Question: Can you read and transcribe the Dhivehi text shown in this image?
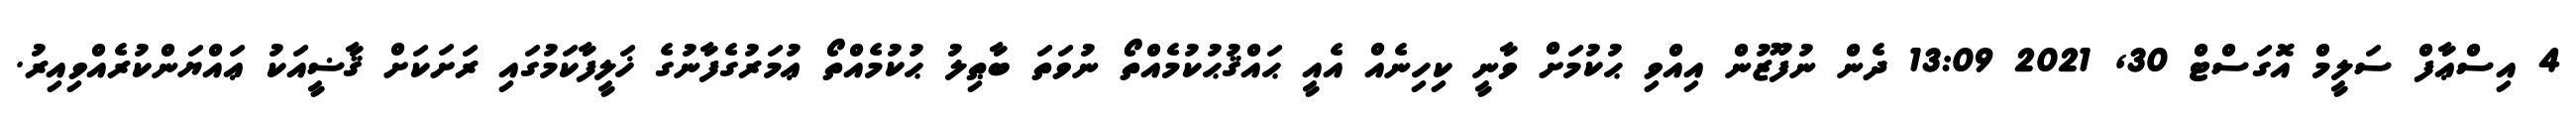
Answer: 4 އިސްޢާފް ސަލީމް އޮގަސްޓް 30, 2021 13:09 ދެން ނުފޫޒުން އިއްވި ޙުކުމަށް ވާނީ ކިހިނެއް އެއީ ޙައްޤުޙުކުމެއްތޯ ނުވަތަ ބާޠިލު ޙުކުމެއްތޯ ޢުމަރުގެފާނުގެ ޚަލީފާކަމުގައި ރަށަކަށް ޤާޟީއަކު ޢައްޔަންކުރެއްވިއިރު.